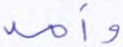
وأمه